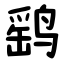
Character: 鹞